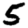
Digit: 5